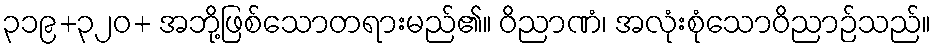
၃၁၉+၃၂၀+ အဘို့ဖြစ်သောတရားမည်၏။ ဝိညာဏံ၊ အလုံးစုံသောဝိညာဉ်သည်။